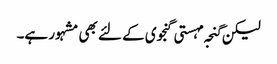
لیکن گنجہ مہستی گنجوی کے لئے بھی مشہور ہے۔